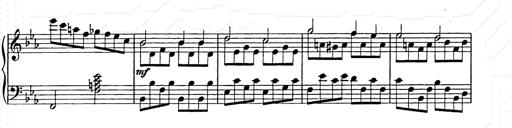
Title: Allegro di bravura
Composer: Carl Maria von Weber
Key: D major